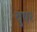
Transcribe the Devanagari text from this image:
बुषर